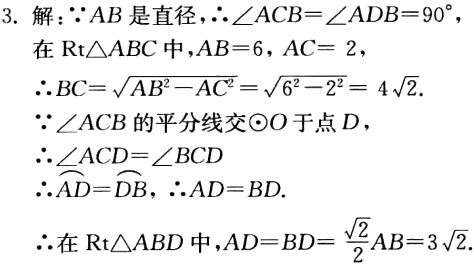
3. 解：$\because AB$是直径，$\therefore \angle ACB = \angle ADB = 90^{\circ}$，
在$\text{Rt}\triangle ABC$中，$AB = 6$，$AC = 2$，
$\therefore BC = \sqrt{AB^{2}-AC^{2}}=\sqrt{6^{2}-2^{2}} = 4\sqrt{2}$.
$\because \angle ACB$的平分线交$\odot O$于点$D$，
$\therefore \angle ACD=\angle BCD$
$\therefore \overset{\frown}{AD}=\overset{\frown}{DB}$，$\therefore AD = BD$.
$\therefore$在$\text{Rt}\triangle ABD$中，$AD = BD=\frac{\sqrt{2}}{2}AB = 3\sqrt{2}$.